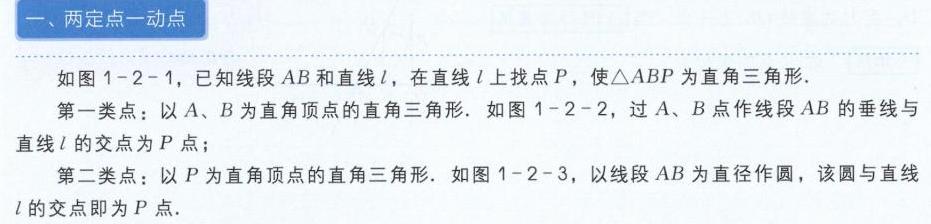
一、两定点一动点
如图1 - 2 - 1，已知线段\(AB\)和直线\(l\)，在直线\(l\)上找点\(P\)，使\(\triangle ABP\)为直角三角形.
第一类点：以\(A\)、\(B\)为直角顶点的直角三角形. 如图1 - 2 - 2，过\(A\)、\(B\)点作线段\(AB\)的垂线与直线\(l\)的交点为\(P\)点；
第二类点：以\(P\)为直角顶点的直角三角形. 如图1 - 2 - 3，以线段\(AB\)为直径作圆，该圆与直线\(l\)的交点即为\(P\)点.